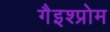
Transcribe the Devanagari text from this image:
गैइश्प्रोम